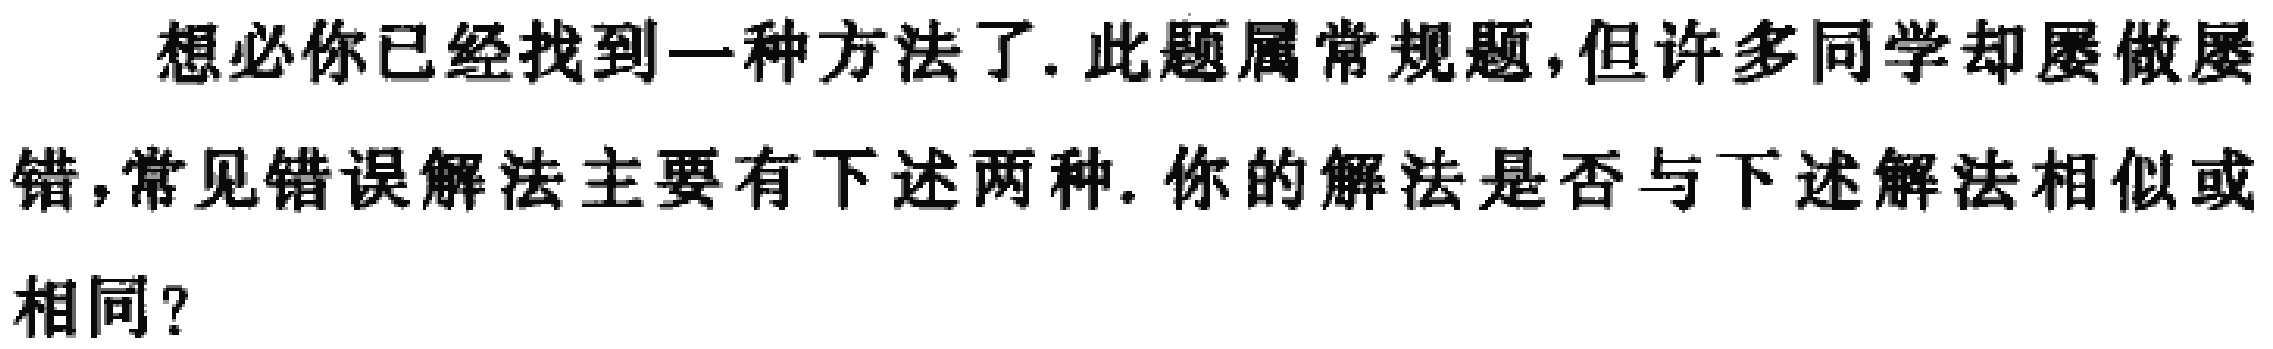
想必你已经找到一种方法了. 此题属常规题,但许多同学却屡做屡错,常见错误解法主要有下述两种. 你的解法是否与下述解法相似或相同？